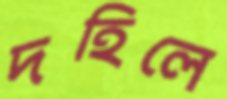
দহিলে